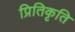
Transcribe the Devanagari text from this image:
प्रितिकृति